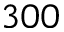
3 0 0